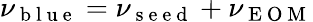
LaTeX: \nu_{\mathrm{~b~l~u~e~}}=\nu_{\mathrm{~s~e~e~d~}}+\nu_{\mathrm{~E~O~M~}}